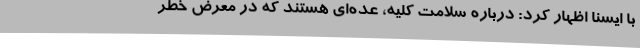
با ایسنا اظهار کرد: درباره سلامت کلیه، عده‌ای هستند که در معرض خطر